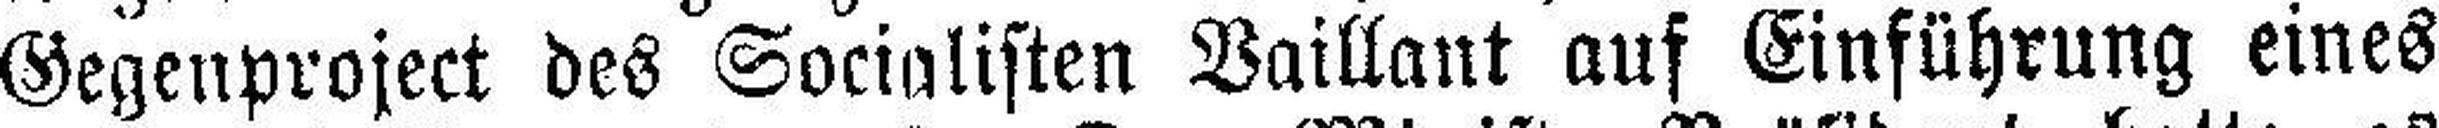
Gegenproject des Socialisten Vaillant auf Einführung eines